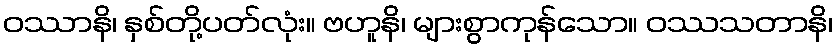
ဝဿာနိ၊ နှစ်တို့ပတ်လုံး။ ဗဟူနိ၊ များစွာကုန်သော။ ဝဿသတာနိ၊